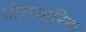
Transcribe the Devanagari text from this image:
घोराचारिक